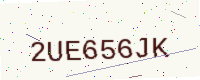
Text: 2UE656JK